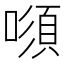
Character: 𠾫